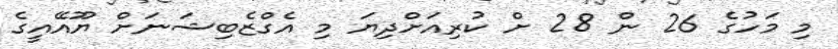
މި މަހުގެ 26 ން 28 ށް ކުރިއަށްދިޔަ މި އެގްޒެބިޝަނަށް ޔޫއޭއީގެ